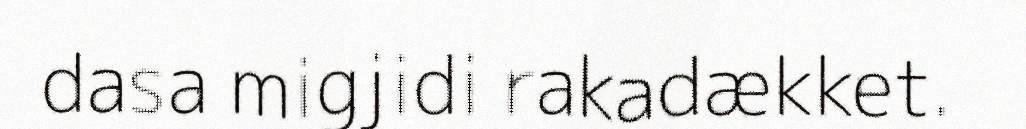
dasa migjidi rakadækket.